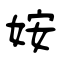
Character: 姲